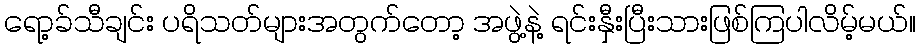
ရော့ခ်သီချင်း ပရိသတ်များအတွက်တော့ အဖွဲ့နဲ့ ရင်းနှီးပြီးသားဖြစ်ကြပါလိမ့်မယ်။